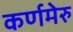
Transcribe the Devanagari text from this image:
कर्णमेरु